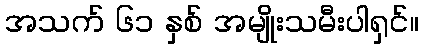
အသက် ၆၁ နှစ် အမျိုးသမီးပါရှင်။